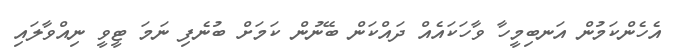
އެހެންކަމުން އަނބިމީހާ ވާހަކައެއް ދައްކަން ބޭނުން ކަމަށް ބުނެފި ނަމަ ޓީވީ ނިއްވާލައި